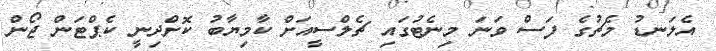
އެލަނޑު މެޗުގެ ފަސް ވަނަ މިނެޓުގައި ޗެލްސީއަށް ކާމިޔާބު ކޮށްދިނީ ކެޕްޓަން ޖޯން